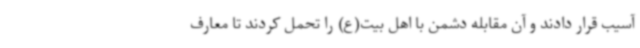
آسیب قرار دادند و آن مقابله دشمن با اهل بیت(ع) را تحمل کردند تا معارف